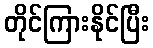
တိုင်ကြားနိုင်ပြီး